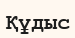
Құдыс